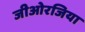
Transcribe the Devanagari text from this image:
जीओरजिया